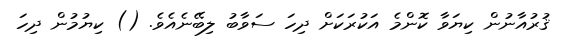
ޤުރުއާނުން ކިޔަވާ ކޮންމެ އަކުރަކަށް ދިހަ ސަވާބު ލިބޭނެއެވެ. () ކިޔުމުން ދިހަ